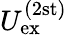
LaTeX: U_{\mathrm{ex}}^{(2\mathrm{st)}}